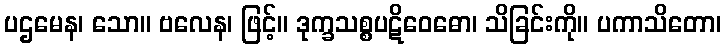
ပဌမေန၊ သော။ ဗလေန၊ ဖြင့်။ ဒုက္ခသစ္စပဋိဝေဓော၊ သိခြင်းကို။ ပကာသိတော၊